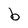
Character: b